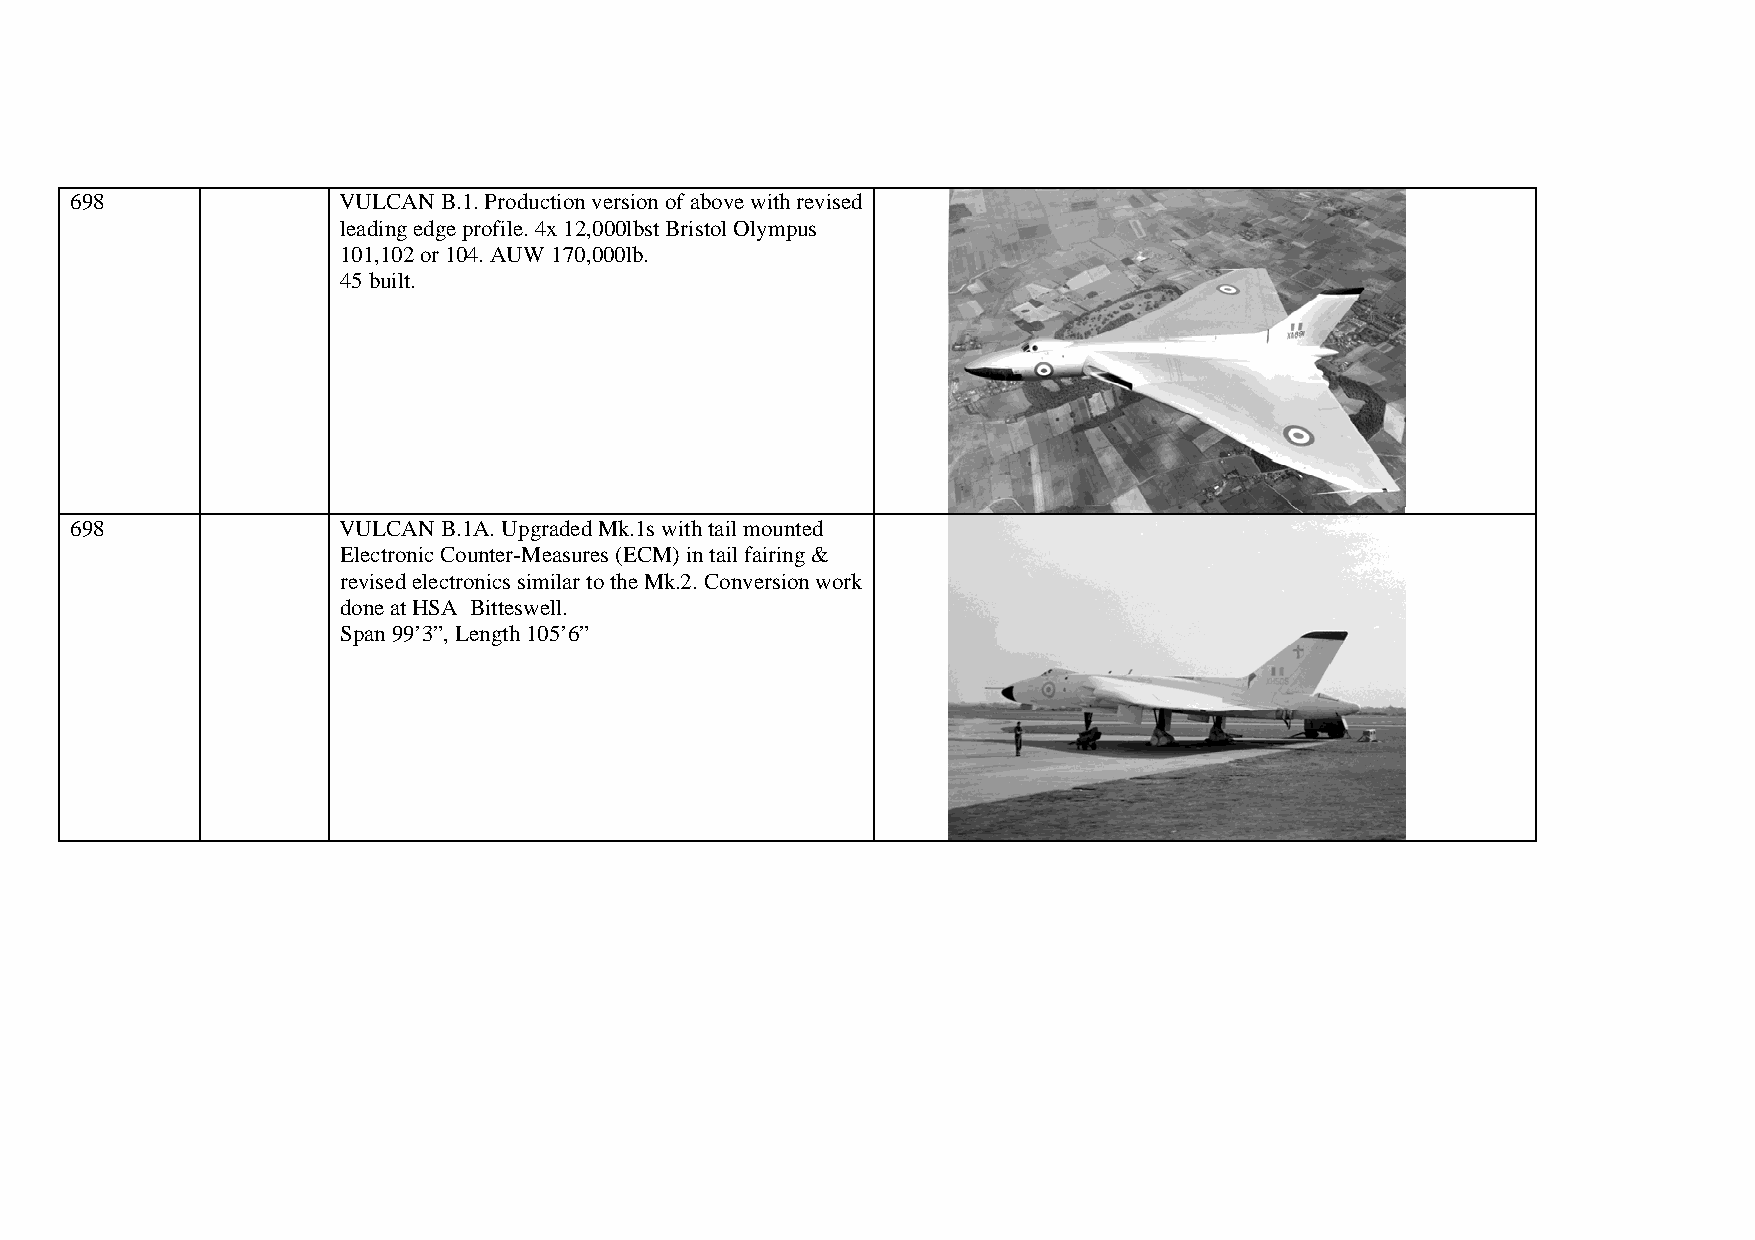
698              VULCAN B.1. Production version of above with revised
 leading edge profile. 4x 12,000lbst Bristol Olympus
 101,102 or 104. AUW 170,000lb.
 45 built.
 698              VULCAN B.1A. Upgraded Mk.1s with tail mounted
 Electronic Counter-Measures (ECM) in tail fairing &
 revised electronics similar to the Mk.2. Conversion work
 done at HSA Bitteswell.
 Span 99’3”, Length 105’6”